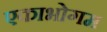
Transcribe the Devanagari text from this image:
एकाभोगम